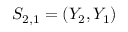
S _ { 2 , 1 } = ( Y _ { 2 } , Y _ { 1 } )